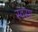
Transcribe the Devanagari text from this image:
स्वसा